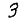
Digit: 3